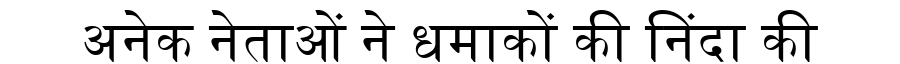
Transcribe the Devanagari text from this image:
अनेक नेताओं ने धमाकों की निंदा की